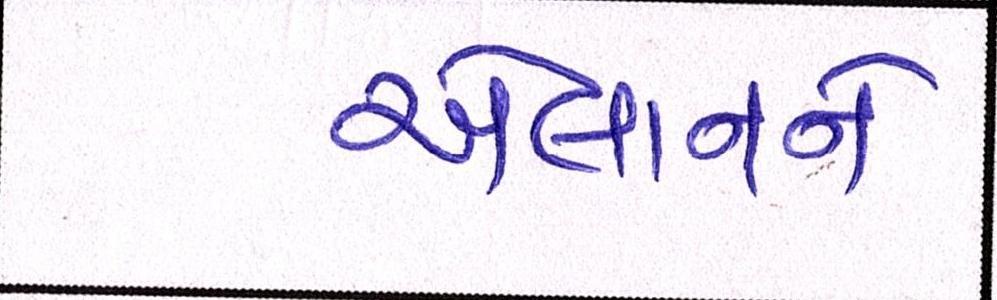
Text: એલાનને